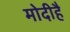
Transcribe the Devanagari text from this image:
मोदीहै